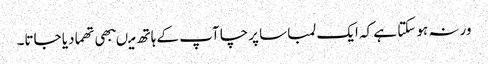
ورنہ ہو سکتا ہے کہ ایک لمبا سا پرچا آپ کے ہاتھ میںبھی تھما دیا جاتا۔